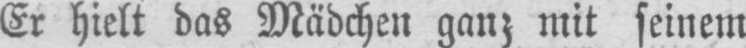
Er hielt das Mädchen ganz mit seinem